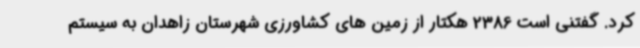
کرد. گفتنی است 2386 هکتار از زمین های کشاورزی شهرستان زاهدان به سیستم